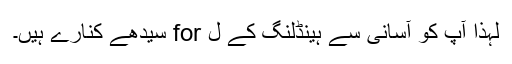
لہذا آپ کو آسانی سے ہینڈلنگ کے ل for سیدھے کنارے ہیں۔